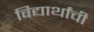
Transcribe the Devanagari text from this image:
विद्यार्थांची